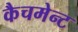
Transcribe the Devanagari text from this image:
कैचमेन्ट